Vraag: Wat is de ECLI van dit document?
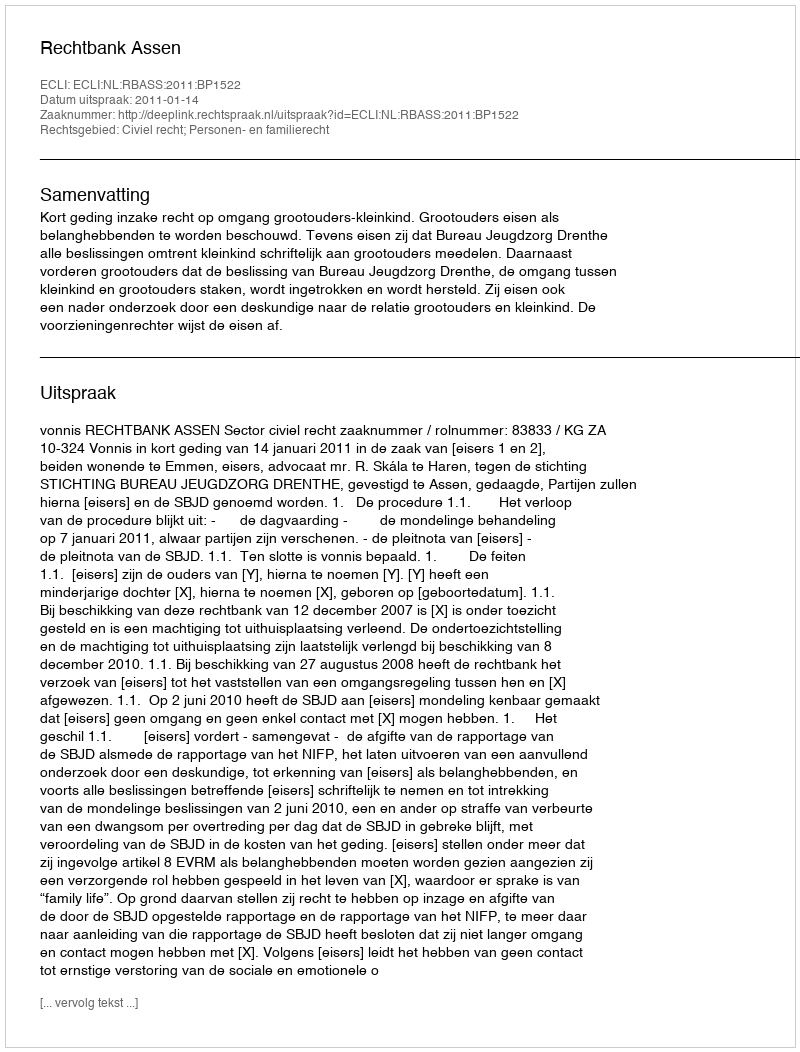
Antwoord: ECLI:NL:RBASS:2011:BP1522